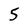
Character: 5